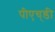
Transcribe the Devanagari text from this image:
पीएच्‌डी